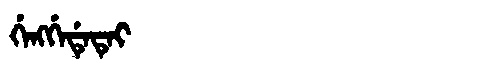
Manchu: ᡤᡝᠩᡤᡝᡩᡝᡨᡝᡳ
Romanization: GENGGEDETEI